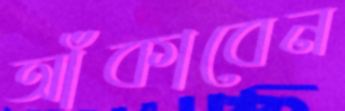
আঁকাবেন